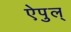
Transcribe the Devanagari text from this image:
ऐपुल्‌